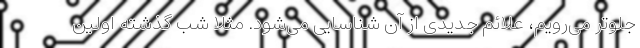
جلوتر می‌رویم، علائم جدیدی از آن شناسایی می‌شود. مثلاً شب گذشته اولین